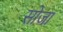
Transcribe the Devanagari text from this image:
सोजा